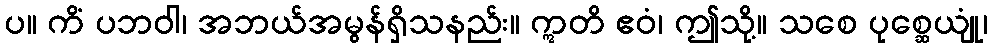
ပ။ ကိံ ပဘဝါ၊ အဘယ်အမွန်ရှိသနည်း။ ဣတိ ဧဝံ၊ ဤသို့။ သစေ ပုစ္ဆေယျုံ၊